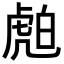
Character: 𧆽